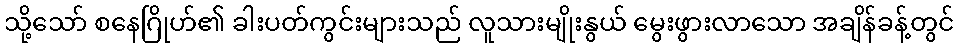
သို့သော် စနေဂြိုဟ်၏ ခါးပတ်ကွင်းများသည် လူသားမျိုးနွယ် မွေးဖွားလာသော အချိန်ခန့်တွင်